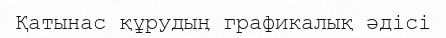
Қатынас құрудың графикалық әдісі